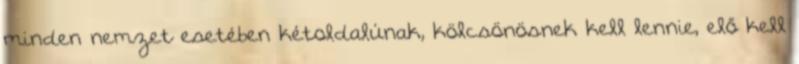
minden nemzet esetében kétoldalúnak, kölcsönösnek kell lennie, elő kell